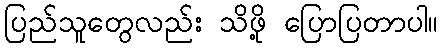
ပြည်သူတွေလည်း သိဖို့ ပြောပြတာပါ။